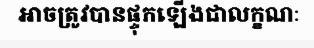
អាចត្រូវបានផ្ទុកឡើងជាលក្ខណៈ